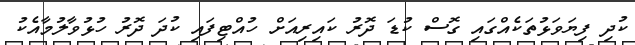
ކުދި ފިޔަވަޅުތަކެއްގައި ގޮސް ކުޑަ ދޮރު ކައިރިއަށް ހުއްޓިފައި ކުދަ ދޮރު ހުޅުވާލުމާއެކު